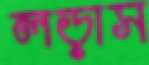
লড়াস